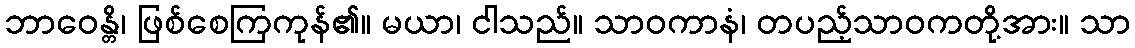
ဘာဝေန္တိ၊ ဖြစ်စေကြကုန်၏။ မယာ၊ ငါသည်။ သာဝကာနံ၊ တပည့်သာဝကတို့အား။ သာ